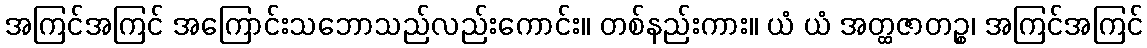
အကြင်အကြင် အကြောင်းသဘောသည်လည်းကောင်း။ တစ်နည်းကား။ ယံ ယံ အတ္ထဇာတဉ္စ၊ အကြင်အကြင်